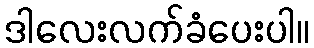
ဒါလေးလက်ခံပေးပါ။